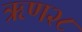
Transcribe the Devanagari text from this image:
ऋण२८